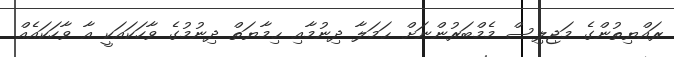
ރައްޔިތުންގެ މަޖިލިސް މެމްބަރުންނަށް ޙަމަލާ ދިނުމާއި ޙިމާޔަތް ދިނުމުގެ ވާހަކައަކީ އާ ވާހަކައެއް